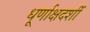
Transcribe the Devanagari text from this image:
धूर्णाक्षदर्शी